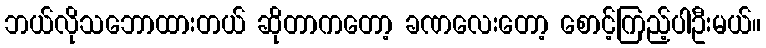
ဘယ်လိုသဘောထားတယ် ဆိုတာကတော့ ခဏလေးတော့ စောင့်ကြည့်ပါဦးမယ်။